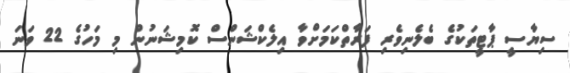
ސިޔާސީ ޕާޓީތަކުގެ ބެލެނިވެރި ފަރާތްކަމަށްވާ އިލެކްޝަންސް ކޮމިޝަނުން މި މަހުގެ 22 ވަނަ